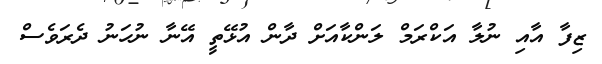
ޒިފާ އާއި ނުލާ އަކްރަމް ލަންކާއަށް ދާން އުޅޭތީ އޭނާ ނުހަނު ދެރަވެސް